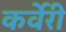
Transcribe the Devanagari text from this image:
कर्वेरी